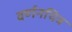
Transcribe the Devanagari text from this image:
वर्णनचित्र